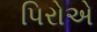
પિરોએ